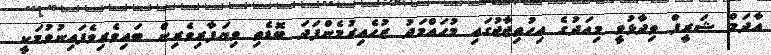
އާދަމް ޝަރީފް ވިދާޅުވީ މިއަދުގެ އިހުތިޖާޖުގައި މުހައްމަދު ޒުހެއިރުމެންފަދަ ބޮޑެތި ވިޔަފާރިވެރިން ބައިވެރިވެފައިނުވުމަކީ